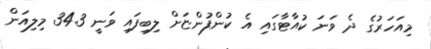
މިއަހަރުގެ ދެ ވަނަ ކުއާޓާގައި އެ ކުންފުންޏަށް ލިބިފައި ވަނީ 34.3 މިލިއަން